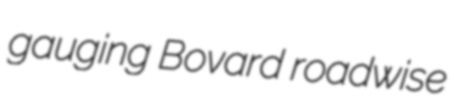
gauging Bovard roadwise